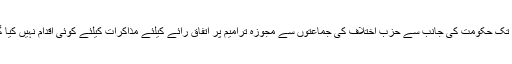
اب تک حکومت کی جانب سے حزب اختلاف کی جماعتوں سے مجوزہ ترامیم پر اتفاق رائے کیلئے مذاکرات کیلئے کوئی اقدام نہیں کیا گیا۔